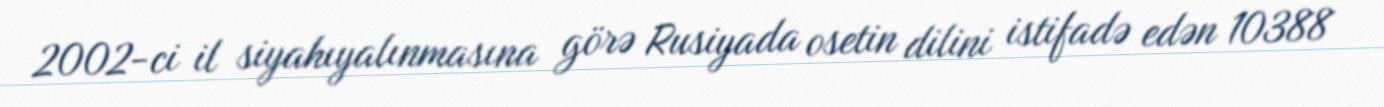
2002-ci il siyahıyalınmasına görə Rusiyada osetin dilini istifadə edən 10388